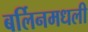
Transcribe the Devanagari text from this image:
बर्लिनमधली